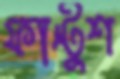
ফান্টুশ